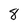
Character: 8